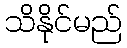
သိနိုင်မည်